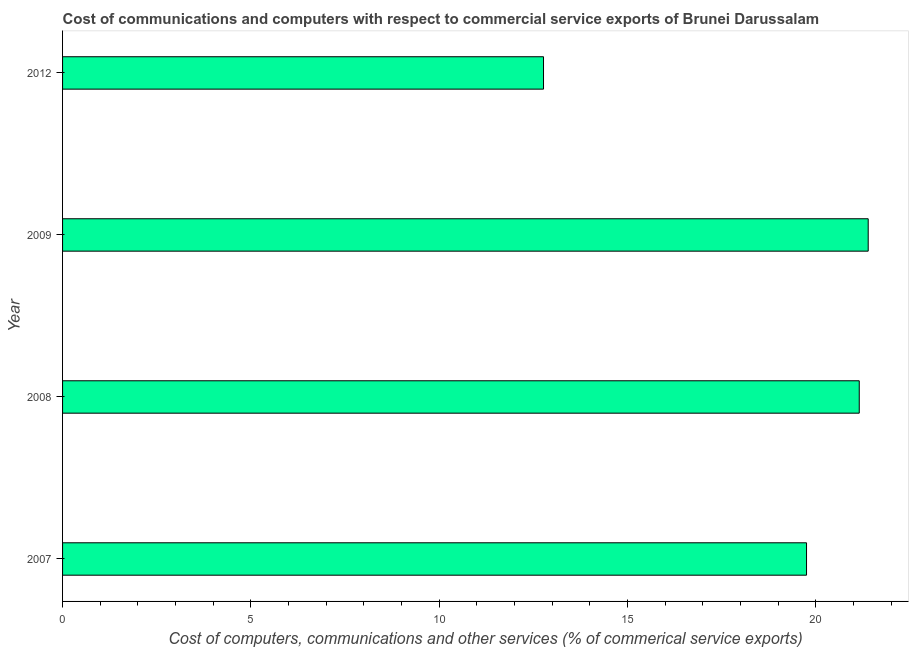
| Year | Computer |
 | --- | --- |
 | 2007 | 19.8 |
 | 2008 | 21.2 |
 | 2009 | 21.4 |
 | 2012 | 12.8 |